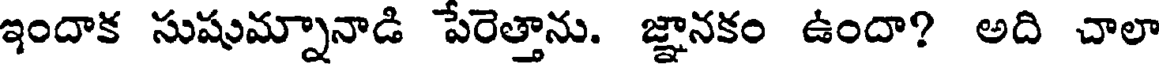
ఇందాక సుషుమ్నానాడి పేరెత్తాను. జ్ఞానకం ఉందా? అది చాలా